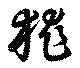
狵